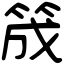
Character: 筬